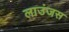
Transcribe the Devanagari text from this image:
लाउंजस